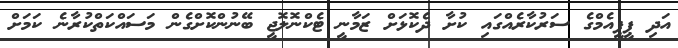
އަދި ޕީޕީއެމްގެ ސަރުކާރެއްގައި ކުށާ ދެކޮޅަށް ޒަމާނީ ޓެކްނޮލޮޖީ ބޭނުންކޮށްގެން މަސައްކަތްކުރާނެ ކަމަށް